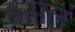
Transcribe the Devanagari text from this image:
हसलं